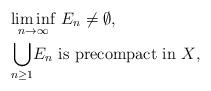
LaTeX: \begin{align*}& \mbox{$\displaystyle{\liminf_{n\to \infty}}\ E_n \not= \emptyset$}, \\& \mbox{$\displaystyle{\bigcup_{n\geq 1}} E_n$ is precompact in $X$}, \end{align*}